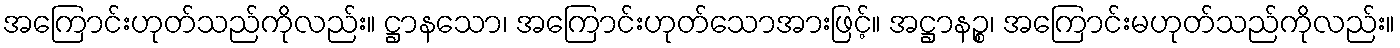
အကြောင်းဟုတ်သည်ကိုလည်း။ ဋ္ဌာနသော၊ အကြောင်းဟုတ်သောအားဖြင့်။ အဋ္ဌာနဉ္စ၊ အကြောင်းမဟုတ်သည်ကိုလည်း။